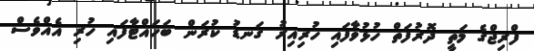
ފްރިޖްގެ މަތީ ދޮރުފަތް ހުޅުވާފައި ހުރިއިރު ގަނޑު ކުރަން ބަހައްޓާފައި ހުރި އެއްވެސް